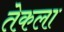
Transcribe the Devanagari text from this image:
तेकला